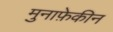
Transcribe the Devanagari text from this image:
मुनाफ़ेकीन